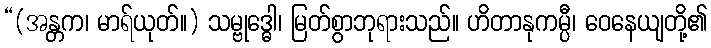
“(အန္တက၊ မာရ်ယုတ်။) သမ္ဗုဒ္ဓေါ၊ မြတ်စွာဘုရားသည်။ ဟိတာနုကမ္ပီ၊ ဝေနေယျတို့၏